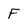
Character: F